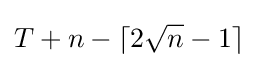
T+n-\lceil 2{\sqrt {n}}-1\rceil